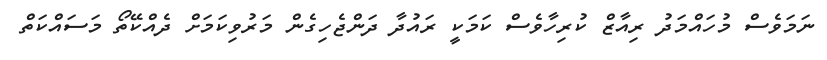
ނަމަވެސް މުހައްމަދު ރިއާޒް ކުރިހާވެސް ކަމަކީ ރައުދާ ދަންޖެހިގެން މަރުވިކަމަށް ދެއްކޭތޯ މަސައްކަތް